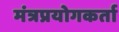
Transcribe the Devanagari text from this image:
मंत्रप्रयोगकर्ता